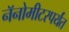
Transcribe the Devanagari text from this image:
नॅनोमीटरपर्यंत